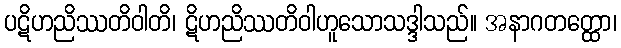
ပဋိဟညိဿတိဝါတိ၊ ဋိဟညိဿတိဝါဟူသောသဒ္ဒါသည်။ အနာဂတတ္ထော၊